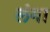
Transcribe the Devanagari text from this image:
लंगा